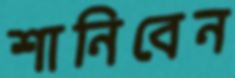
শানিবেন